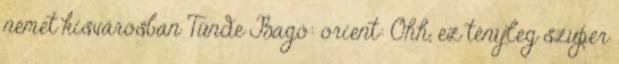
német kisvárosban Tünde Bagó: orient: Ohh, ez tényleg szuper